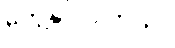
တွေ့နိုင် ပါတယ်။